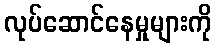
လုပ်ဆောင်နေမှုများကို